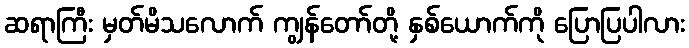
ဆရာကြီး မှတ်မိသလောက် ကျွန်တော်တို့ နှစ်ယောက်ကို ပြောပြပါလား